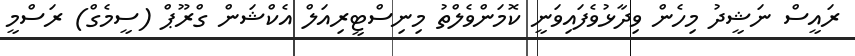
ރައީސް ނަޝީދު މިހެން ވިދާޅުވެފައިވަނީ ކޮމަންވެލްތު މިނިސްޓީރިއަލް އެކްޝަން ގްރޫޕް (ސީމެގް) ރަސްމީ